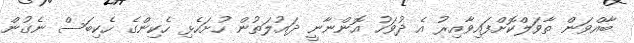
ބާއްވަން ތާވަލްކޮށްފައިވާއިރު އެ ދުވަހު އޮންނާނީ ދައުލަތުން ހުށަހެޅި ހެކިންގެ ހެކިބަސް ނެގުން